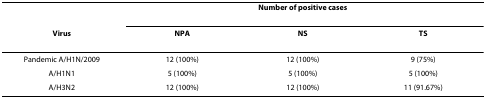
<table><thead><tr><td></td><td colspan="3"><b>Number of positive cases</b></td></tr><tr><td><b>Virus</b></td><td><b>NPA</b></td><td><b>NS</b></td><td><b>TS</b></td></tr></thead><tbody><tr><td>Pandemic A/H1N/2009</td><td>12 (100%)</td><td>12 (100%)</td><td>9 (75%)</td></tr><tr><td>A/H1N1</td><td>5 (100%)</td><td>5 (100%)</td><td>5 (100%)</td></tr><tr><td>A/H3N2</td><td>12 (100%)</td><td>12 (100%)</td><td>11 (91.67%)</td></tr></tbody></table>